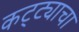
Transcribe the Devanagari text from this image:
कट्ट्याचा